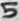
Text: 5